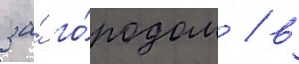
за́ го́родом / в